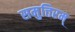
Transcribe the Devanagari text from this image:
समुत्तिरम्